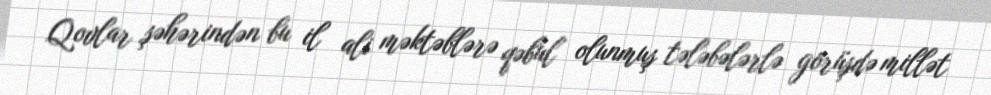
Qovlar şəhərindən bu il ali məktəblərə qəbul olunmuş tələbələrlə görüşdə millət